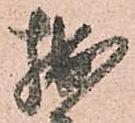
拙